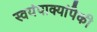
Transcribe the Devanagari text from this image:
स्वयंपाक्यांपैकी